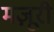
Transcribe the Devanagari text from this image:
मज़ूरी